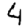
Digit: 4